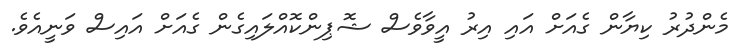
މެންދުރު ކިޔާން ގެއަށް އައި އިރު އީވާވެސް ޝޮޕިންކޮއްލައިގެން ގެއަށް އައިސް ވަނީއެވެ.